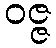
ဝဇ္ဇ